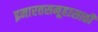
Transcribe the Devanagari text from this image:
इमारतसमूहासाठी